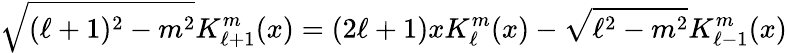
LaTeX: \sqrt{(\ell+1)^{2}-m^{2}}K_{\ell+1}^{m}(x)=(2\ell+1)xK_{\ell}^{m}(x)-\sqrt{\ell^{2}-m^{2}}K_{\ell-1}^{m}(x)